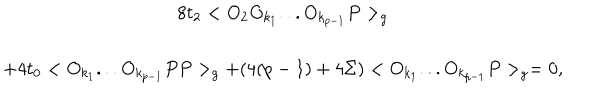
\begin{array} { c } { { 8 t _ { 2 } < O _ { 2 } O _ { k _ { 1 } } . . . O _ { k _ { p - 1 } } P > _ { g } } } \\ { { + 4 t _ { 0 } < O _ { k _ { 1 } } . . . O _ { k _ { p - 1 } } P P > _ { g } + ( 4 ( p - 1 ) + 4 \Sigma ) < O _ { k _ { 1 } } . . . O _ { k _ { p - 1 } } P > _ { g } = 0 , } } \\ \end{array}